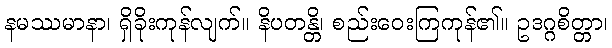
နမဿမာနာ၊ ရှိခိုးကုန်လျက်။ နိပတန္တိ၊ စည်းဝေးကြကုန်၏။ ဥဒဂ္ဂစိတ္တာ၊